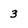
Character: 3